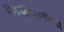
પકવાનખાવા